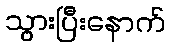
သွားပြီးနောက်